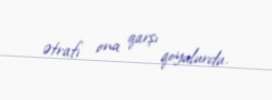
ətrafı ona qarşı qoyulurdu.